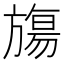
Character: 𬀑